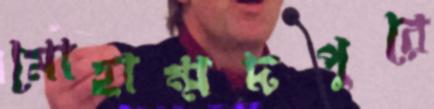
মোহাম্মদপুরে